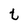
Character: t